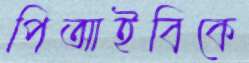
পিআইবিকে